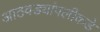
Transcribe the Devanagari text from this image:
आठवड्यांपलीकडे